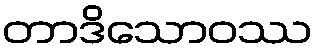
တာဒိသောဝဿ